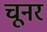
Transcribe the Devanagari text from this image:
चूनर